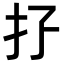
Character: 𢩯